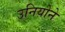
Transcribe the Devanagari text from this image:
उनियोने